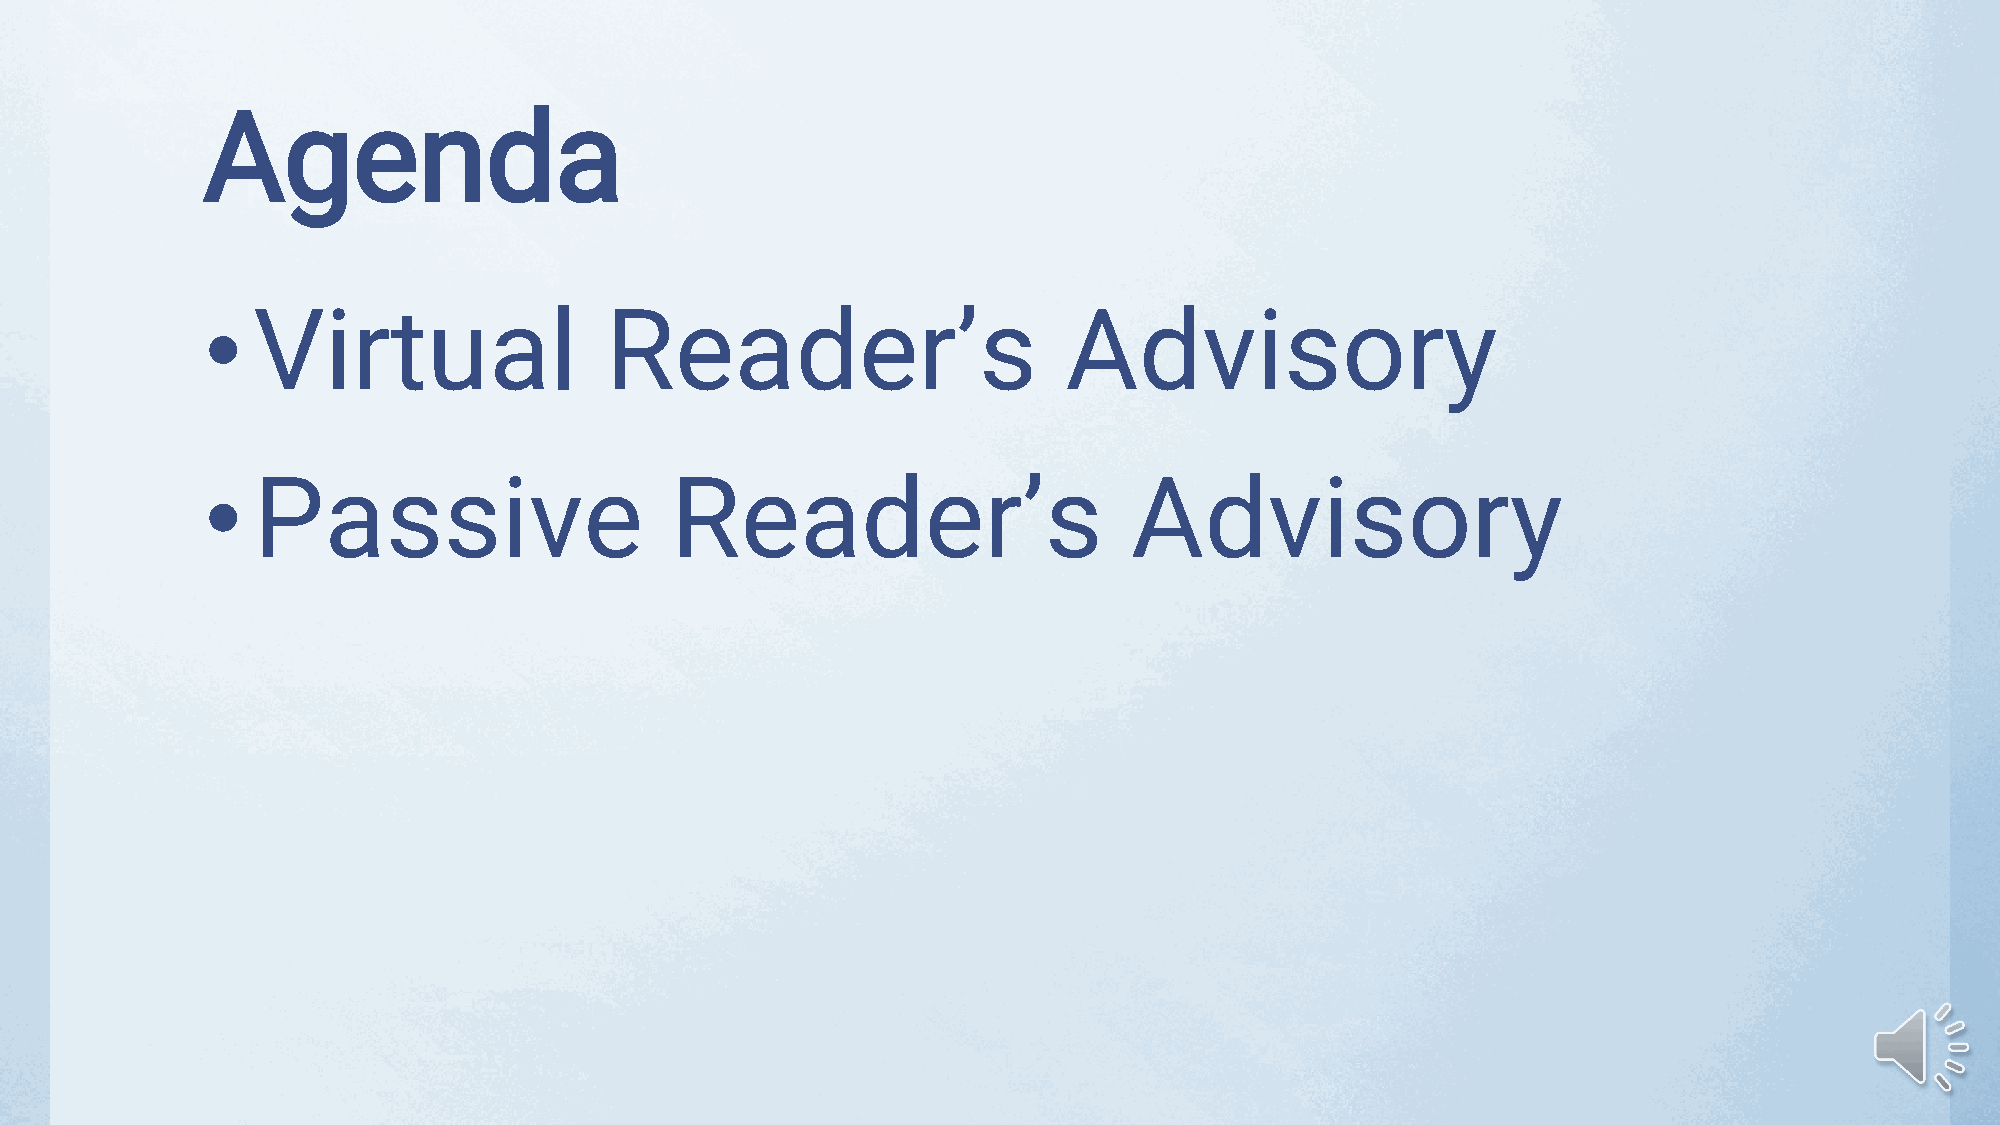
Agenda
 •   Virtual                Reader’s                       Advisory
 •   Passive                    Reader’s                       Advisory